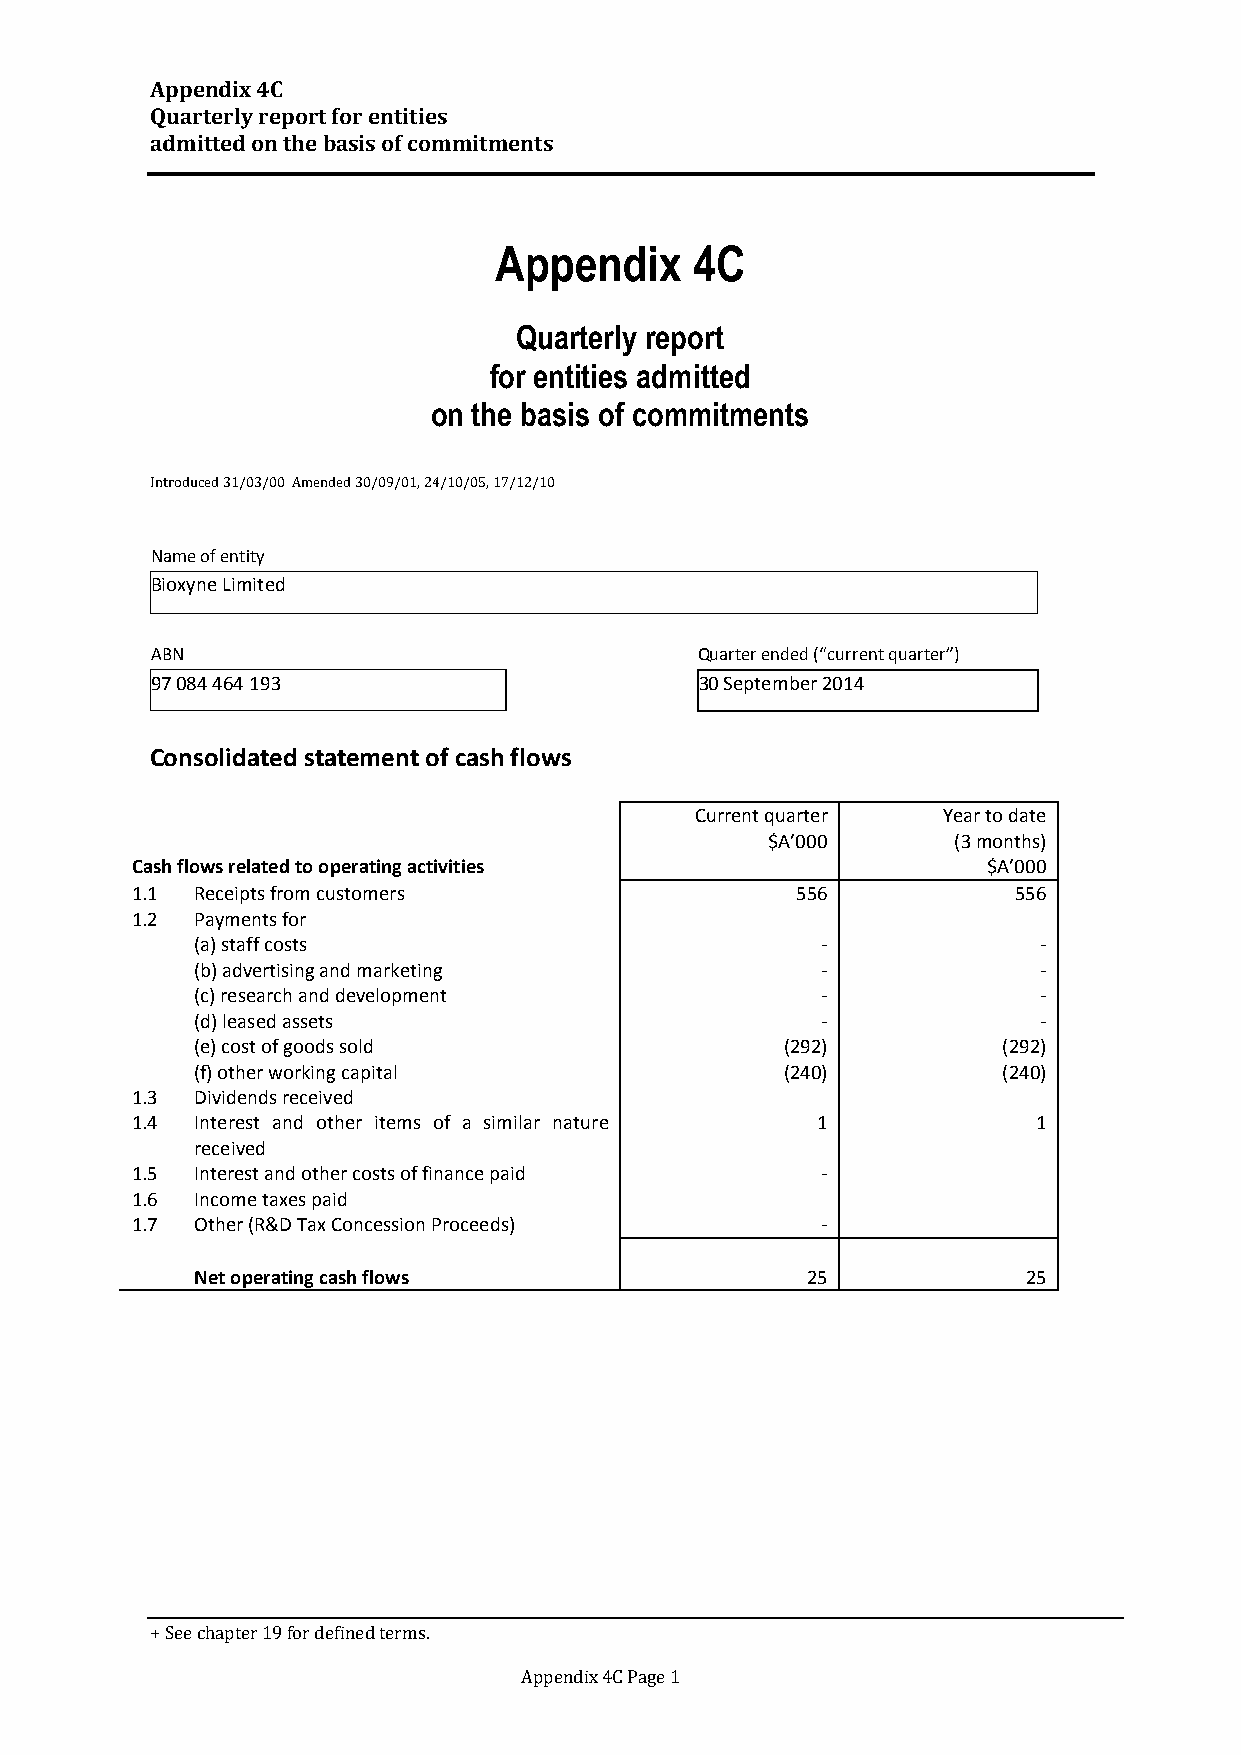
Appendix 4C
 Quarterly report for entities
 admitted on the basis of commitments
 Appendix     4C
 Quarterly report
 for entities admitted
 on the basis of commitments
 Introduced 31/03/00 Amended 30/09/01, 24/10/05, 17/12/10
 Name of entity
 Bioxyne Limited
 ABN                                 Quarter ended (“current quarter”)
 97 084 464 193                      30 September 2014
 Consolidated statement of cash flows
 Current quarter Year to date
 $A’000      (3 months)
 Cash flows related to operating activities              $A’000
 1.1 Receipts from customers                 556           556
 1.2 Payments for
 (a) staff costs                          -              -
 (b) advertising and marketing            -              -
 (c) research and development             -              -
 (d) leased assets                        -              -
 (e) cost of goods sold                 (292)         (292)
 (f) other working capital              (240)         (240)
 1.3 Dividends received
 1.4 Interest and other items of a similar nature 1          1
 received
 1.5 Interest and other costs of finance paid -
 1.6 Income taxes paid
 1.7 Other (R&D Tax Concession Proceeds)      -
 Net operating cash flows                25             25
 + See chapter 19 for defined terms.
 Appendix 4C Page 1